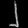
Digit: ၂